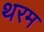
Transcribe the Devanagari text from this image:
थरम